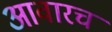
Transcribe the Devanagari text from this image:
आवारच